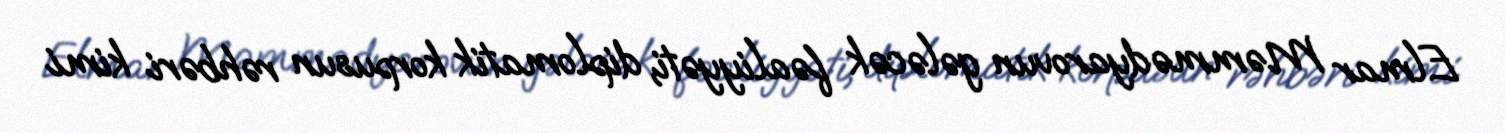
Elmar Məmmədyarovun gələcək fəaliyyəti, diplomatik korpusun rəhbəri kimi